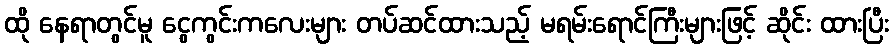
ထို နေရာတွင်မူ ငွေကွင်းကလေးများ တပ်ဆင်ထားသည့် မရမ်းရောင်ကြီးများဖြင့် ဆိုင်း ထားပြီး